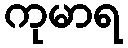
ကုမာရ